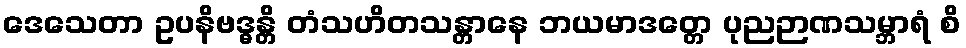
ဒေသေတာ ဥပနိဗဒ္ဓန္တိ တံသဟိတသန္တာနေ ဘယမာဒတ္တေ ပုညဉာဏသမ္ဘာရံ စိ